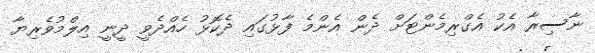
ނާސިރާ އެކު އެގްރިމެންޓަށް ދެން އެންމެ ފާޅުގައި ދެކޮޅު ހެއްދެވީ ދީނީ އިލްމުވެރިޔާ